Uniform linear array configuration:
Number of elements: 16
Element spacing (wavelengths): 1
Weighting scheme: hamming
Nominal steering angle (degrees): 0
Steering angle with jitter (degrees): -0.9963
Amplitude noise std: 0.05
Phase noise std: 0.05

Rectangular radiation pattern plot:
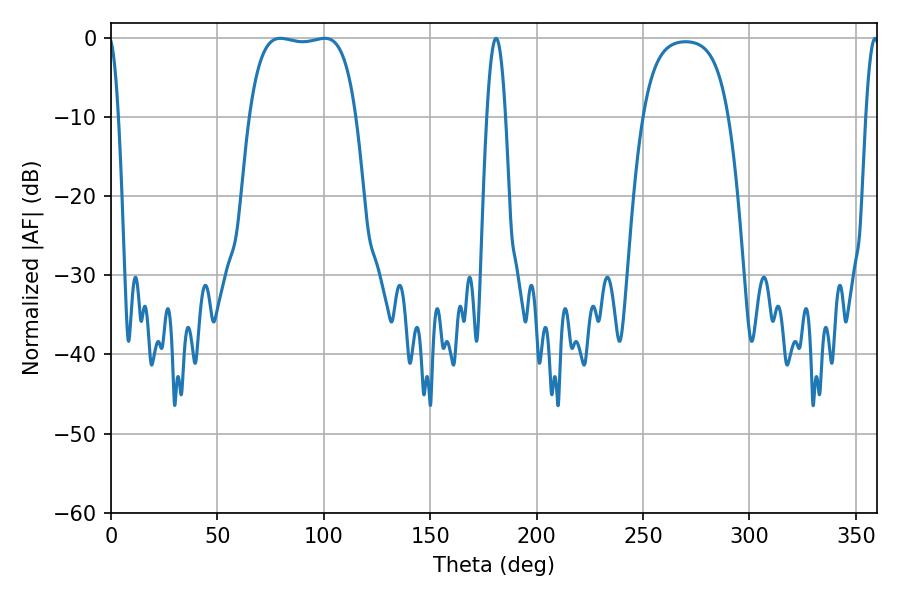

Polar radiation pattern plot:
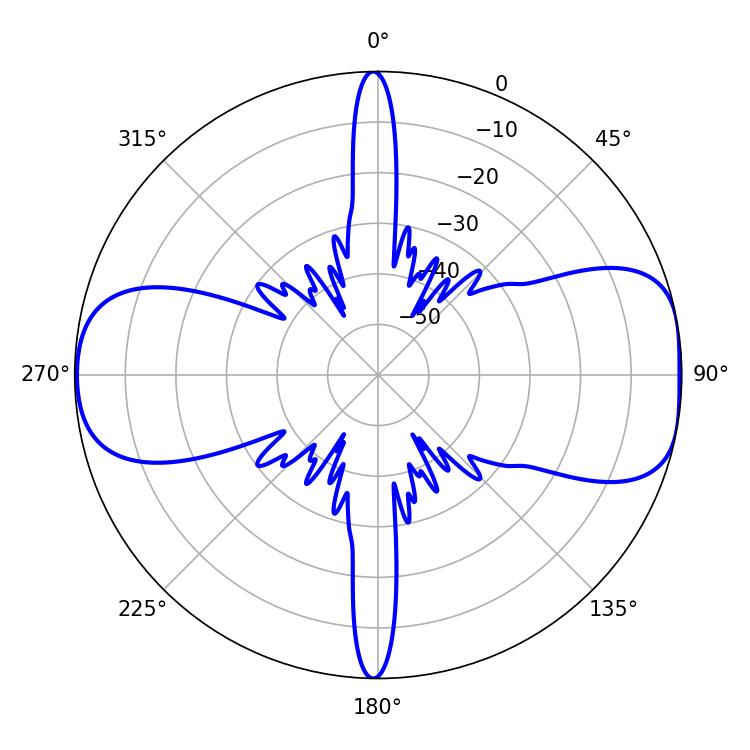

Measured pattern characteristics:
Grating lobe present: TRUE
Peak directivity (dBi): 9.385
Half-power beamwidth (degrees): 39.6
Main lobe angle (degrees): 79.56